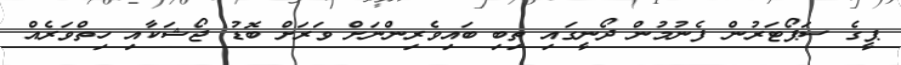
ޕީގެ ސަޕޯޓަރުން ފެނުމުން ދޯނީގައި ތިބި ބައިވެރިންނަށް ވަރަށް ބޮޑު ޖޯޝަކާއި ހިތްވަރެއް